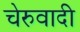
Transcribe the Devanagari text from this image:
चेरुवादी